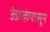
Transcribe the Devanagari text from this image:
उंडाऴेपासून